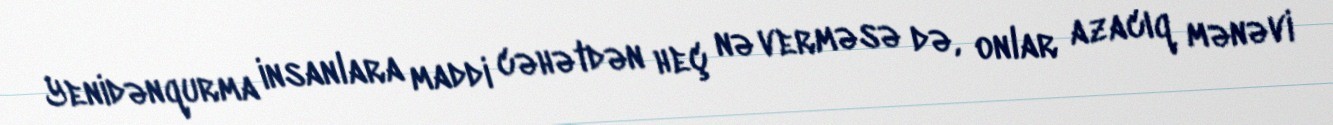
Yenidənqurma insanlara maddi cəhətdən heç nə verməsə də, onlar azacıq mənəvi